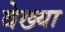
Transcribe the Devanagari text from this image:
वेख्या